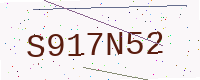
Text: S917N52